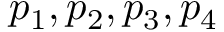
p _ { 1 } , p _ { 2 } , p _ { 3 } , p _ { 4 }